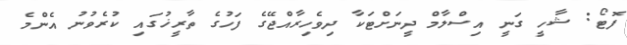
ފޮޓޯ: ޝާހީ ގަނީ އިސްލާމް ދީނަށްޓަކާ ދިވެހިރާއްޖޭގެ ފަހުގެ ތާރީޚުގައި ކުރެވުނު އެންމެ